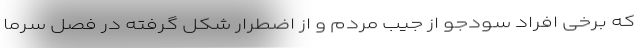
که برخی افراد سودجو از جیب مردم و از اضطرار شکل گرفته در فصل سرما